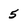
Character: 5